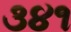
૩૪૧